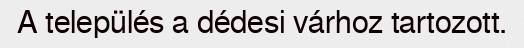
A település a dédesi várhoz tartozott.